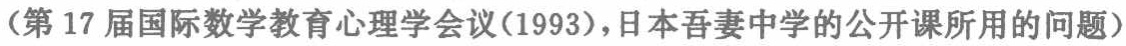
（第17届国际数学教育心理学会议(1993)，日本吾妻中学的公开课所用的问题）